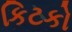
કિટકો